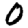
Digit: 0